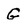
Character: G